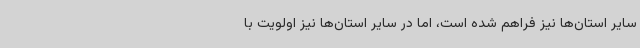
سایر استان‌ها نیز فراهم شده است، اما در سایر استان‌ها نیز اولویت با